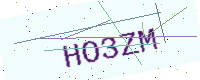
Text: HO3ZM